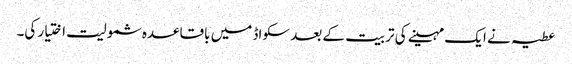
عطیہ نے ایک مہینے کی تربیت کے بعد سکواڈ میں باقاعدہ شمولیت اختیار کی۔